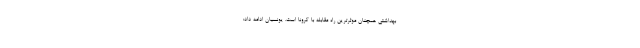
بهداشتی همچنان موثرترین راه مقابله با کرونا است. یونسیان ادامه داد:‌